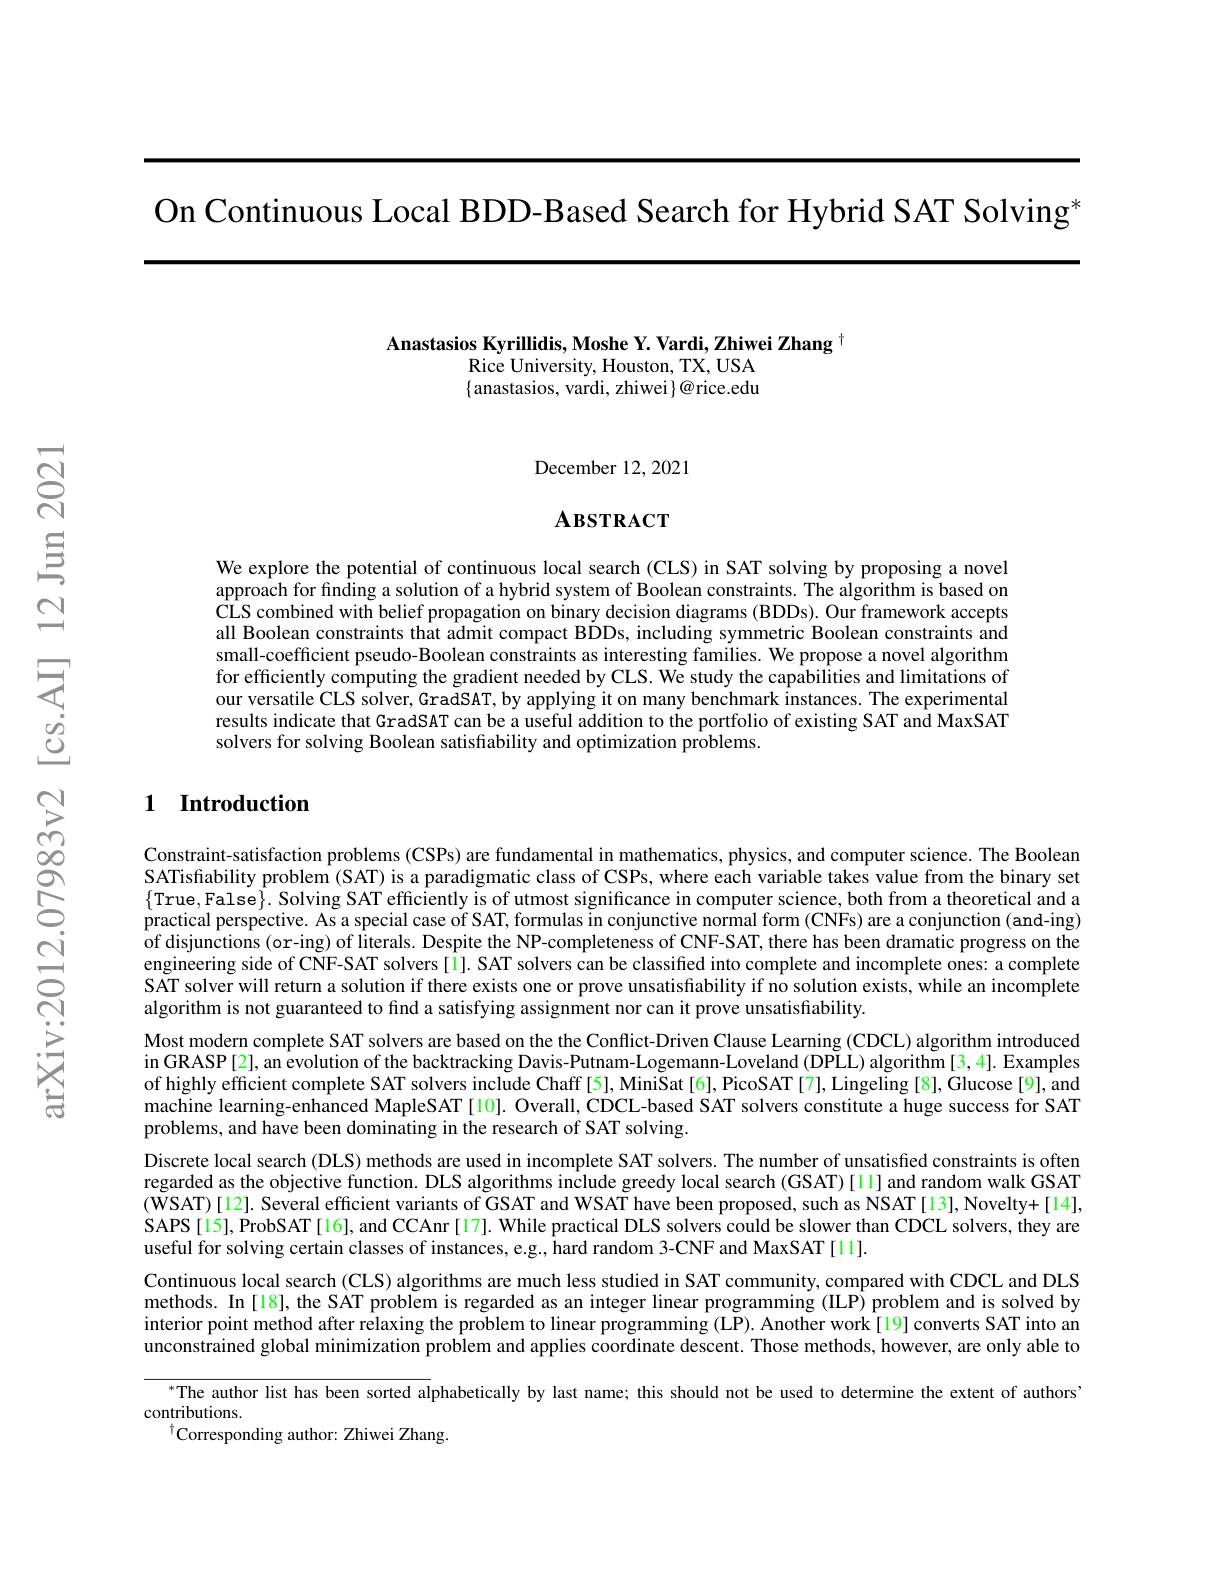
On Continuous Local BDD-Based Search for Hybrid SAT Solving?

Anastasios Kyrillidis, Moshe Y. Vardi, Zhiwei Zhang

Rice University, Houston, TX, USA

$\{$anastasios, vardi, zhiwei$\}@$rice.edu

December 12,2021

# $\mathbf{A}$взткаст

We explore the potential of continuous local search (CLS) in SAT solving by proposing a novel approach for finding a solution of a hybrid system of Boolean constraints. The algorithm is based on $\hat{\text{CLS combined with belief propagation on binary decision diagrams (BDDs). Our framework accepts}}$ all Boolean constraints that admit compact BDDs, including symmetric Boolean constraints and small-coefficient pseudo-Boolean constraints as interesting families. We propose a novel algorithm for efficiently computing the gradient needed by CLS. We study the capabilities and limitations of our versatile CLS solver, GradSAT, by applying it on many benchmark instances. The experimental results indicate that GradSAT can be a useful addition to the portfolio of existing SAT and MaxSAT solvers for solving Boolean satisfiability and optimization problems

### 1 Introduction

Constraint-satisfaction problems (CSPs) are fundamental in mathematics, physics, and computer science. The Boolean SATisfability problem (SAT) is a paradigmatic class of CSPs, where each variable takes value from the binary set $\{$True, False$\}.$ Solving SAT efficiently is of utmost significance in computer science, both from a theoretical and a practical perspective. As a special case of SAT, formulas in conjunctive normal form (CNFs) are a conjunction (and-ing) of disjunctions (or-ing) of literals. Despite the NP-completeness of CNF-SAT, there has been dramatic progress on the engineering side of CNF-SAT solvers[1]. SAT solvers can be classified into complete and incomplete ones: a complete SAT solver will return a solution if there exists one or prove unsatisfability if no solution exists, while an incomplete algorithm is not guaranteed to find a satisfying assignment nor can it prove unsatisfiability.
Most modern complete SAT solvers are based on the the Conflict-Driven Clause Learning (CDCL) algorithm introduced in GRASP [2], an evolution of the backtracking Davis-Putnam-Logemann-Loveland (DPLL) algorithm [3,4]. Examples of highly efficient complete SAT solvers include Chaff [5], MiniSat [6], PicoSAT [7], Lingeling [8], Glucose [9], and machine learning-enhanced MapleSAT [10]. Overall, CDCL-based SAT solvers constitute a huge success for SAT problems, and have been dominating in the research of SAT solving.
Discrete local search (DLS) methods are used in incomplete SAT solvers. The number of unsatisfied constraints is often regarded as the objective function. DLS algorithms include greedy local search (GSAT)[11] and random walk GSAT (WSAT)[12]. Several efficient variants of GSAT and WSAT have been proposed, such as NSAT[13], Novelty+[14], SAPS[15], ProbSAT[16], and CCAnr[17]. While practical DLS solvers could be slower than CDCL solvers, they are useful for solving certain classes of instances, e.g., hard random 3-CNF and MaxSAT[11].
Continuous local search (CLS) algorithms are much less studied in SAT community, compared with CDCL and DLS methods. In [18], the SAT problem is regarded as an integer linear programming (IILP) problem and is solved by interior point method after relaxing the problem to linear programming (LP). Another work[19] converts SAT into an unconstrained global minimization problem and applies coordinate descent. Those methods, however, are only able to
$^{*}$The author list has been sorted alphabetically by last name; this should not be used to determine the extent of authorsi
contributions.
$^{\dagger}$Corresponding author: Zhiwei Zhang